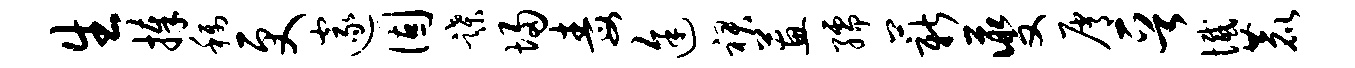
生捧称更邃固蹀埽毒途裙蕙孺薪夔屑晋憾鹿